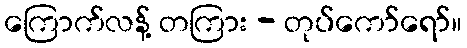
ကြောက်လန့် တကြား - တုပ်ကော်ရော်။